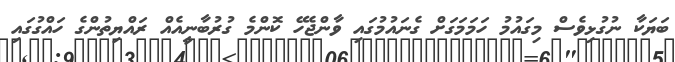
ބަޔަކާ ނުގުޅިވެސް މިގައުމު ހަމަމަގަށް ގެނައުމުގައި ވާންޖެހޭ ކޮންމެ ގުރުބާނީއެއް ރައްޔިތުންގެ ހައްގުގައި